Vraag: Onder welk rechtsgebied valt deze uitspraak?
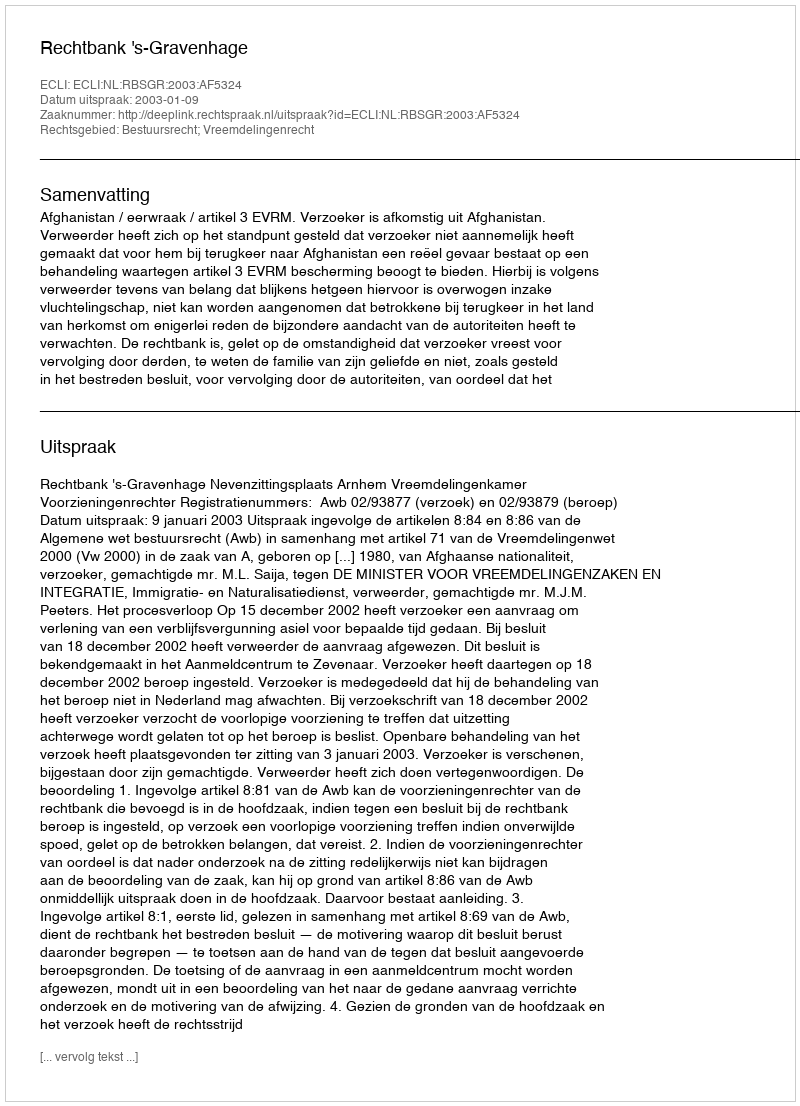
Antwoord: Bestuursrecht; Vreemdelingenrecht